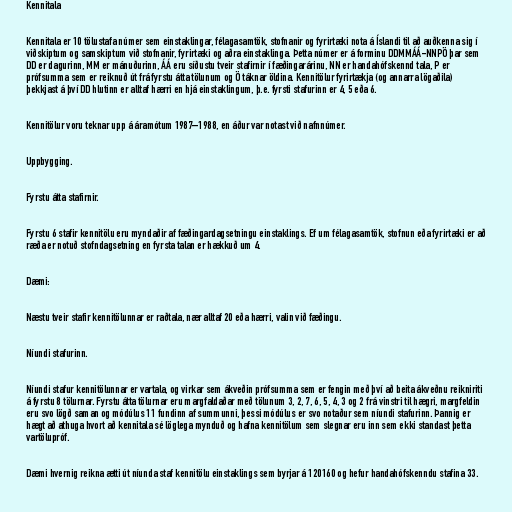
Kennitala

Kennitala er 10 tölustafa númer sem einstaklingar, félagasamtök, stofnanir og fyrirtæki nota á Íslandi til að auðkenna sig í
viðskiptum og samskiptum við stofnanir, fyrirtæki og aðra einstaklinga. Þetta númer er á forminu DDMMÁÁ-NNPÖ þar sem
DD er dagurinn, MM er mánuðurinn, ÁÁ eru síðustu tveir stafirnir í fæðingarárinu, NN er handahófskennd tala, P er
prófsumma sem er reiknuð út frá fyrstu átta tölunum og Ö táknar öldina. Kennitölur fyrirtækja (og annarra lögaðila)
þekkjast á því DD hlutinn er alltaf hærri en hjá einstaklingum, þ.e. fyrsti stafurinn er 4, 5 eða 6.

Kennitölur voru teknar upp á áramótum 1987–1988, en áður var notast við nafnnúmer.

Uppbygging.

Fyrstu átta stafirnir.

Fyrstu 6 stafir kennitölu eru myndaðir af fæðingardagsetningu einstaklings. Ef um félagasamtök, stofnun eða fyrirtæki er að
ræða er notuð stofndagsetning en fyrsta talan er hækkuð um 4.

Dæmi:

Næstu tveir stafir kennitölunnar er raðtala, nær alltaf 20 eða hærri, valin við fæðingu.

Níundi stafurinn.

Níundi stafur kennitölunnar er vartala, og virkar sem ákveðin prófsumma sem er fengin með því að beita ákveðnu reikniriti
á fyrstu 8 tölurnar. Fyrstu átta tölurnar eru margfaldaðar með tölunum 3, 2, 7, 6, 5, 4, 3 og 2 frá vinstri til hægri, margfeldin
eru svo lögð saman og módúlus 11 fundinn af summunni, þessi módúlus er svo notaður sem níundi stafurinn. Þannig er
hægt að athuga hvort að kennitala sé löglega mynduð og hafna kennitölum sem slegnar eru inn sem ekki standast þetta
vartölupróf.

Dæmi hvernig reikna ætti út níunda staf kennitölu einstaklings sem byrjar á 120160 og hefur handahófskenndu stafina 33.